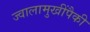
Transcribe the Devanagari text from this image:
ज्वालामुखींपैकी